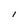
Character: I